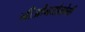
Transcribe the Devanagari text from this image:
नीओनतोलोगी